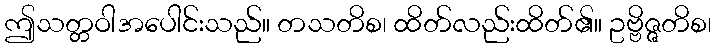
ဤသတ္တဝါအပေါင်းသည်။ တသတိစ၊ ထိတ်လည်းထိတ်၏။ ဥဗ္ဗိဇ္ဇတိစ၊